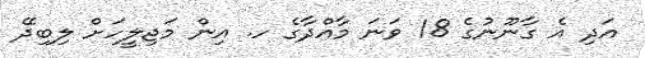
އަދި އެ ގާނޫނުގެ 18 ވަނަ މާއްދާގެ ހ. އިން މަޖިލީހަށް ލިބިދޭ